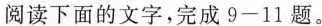
阅读下面的文字，完成9-11题。